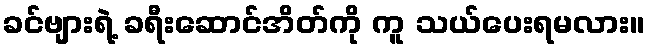
ခင်ဗျားရဲ့ ခရီးဆောင်အိတ်ကို ကူ သယ်ပေးရမလား။